Tartu_kinnistusamet, lk 102
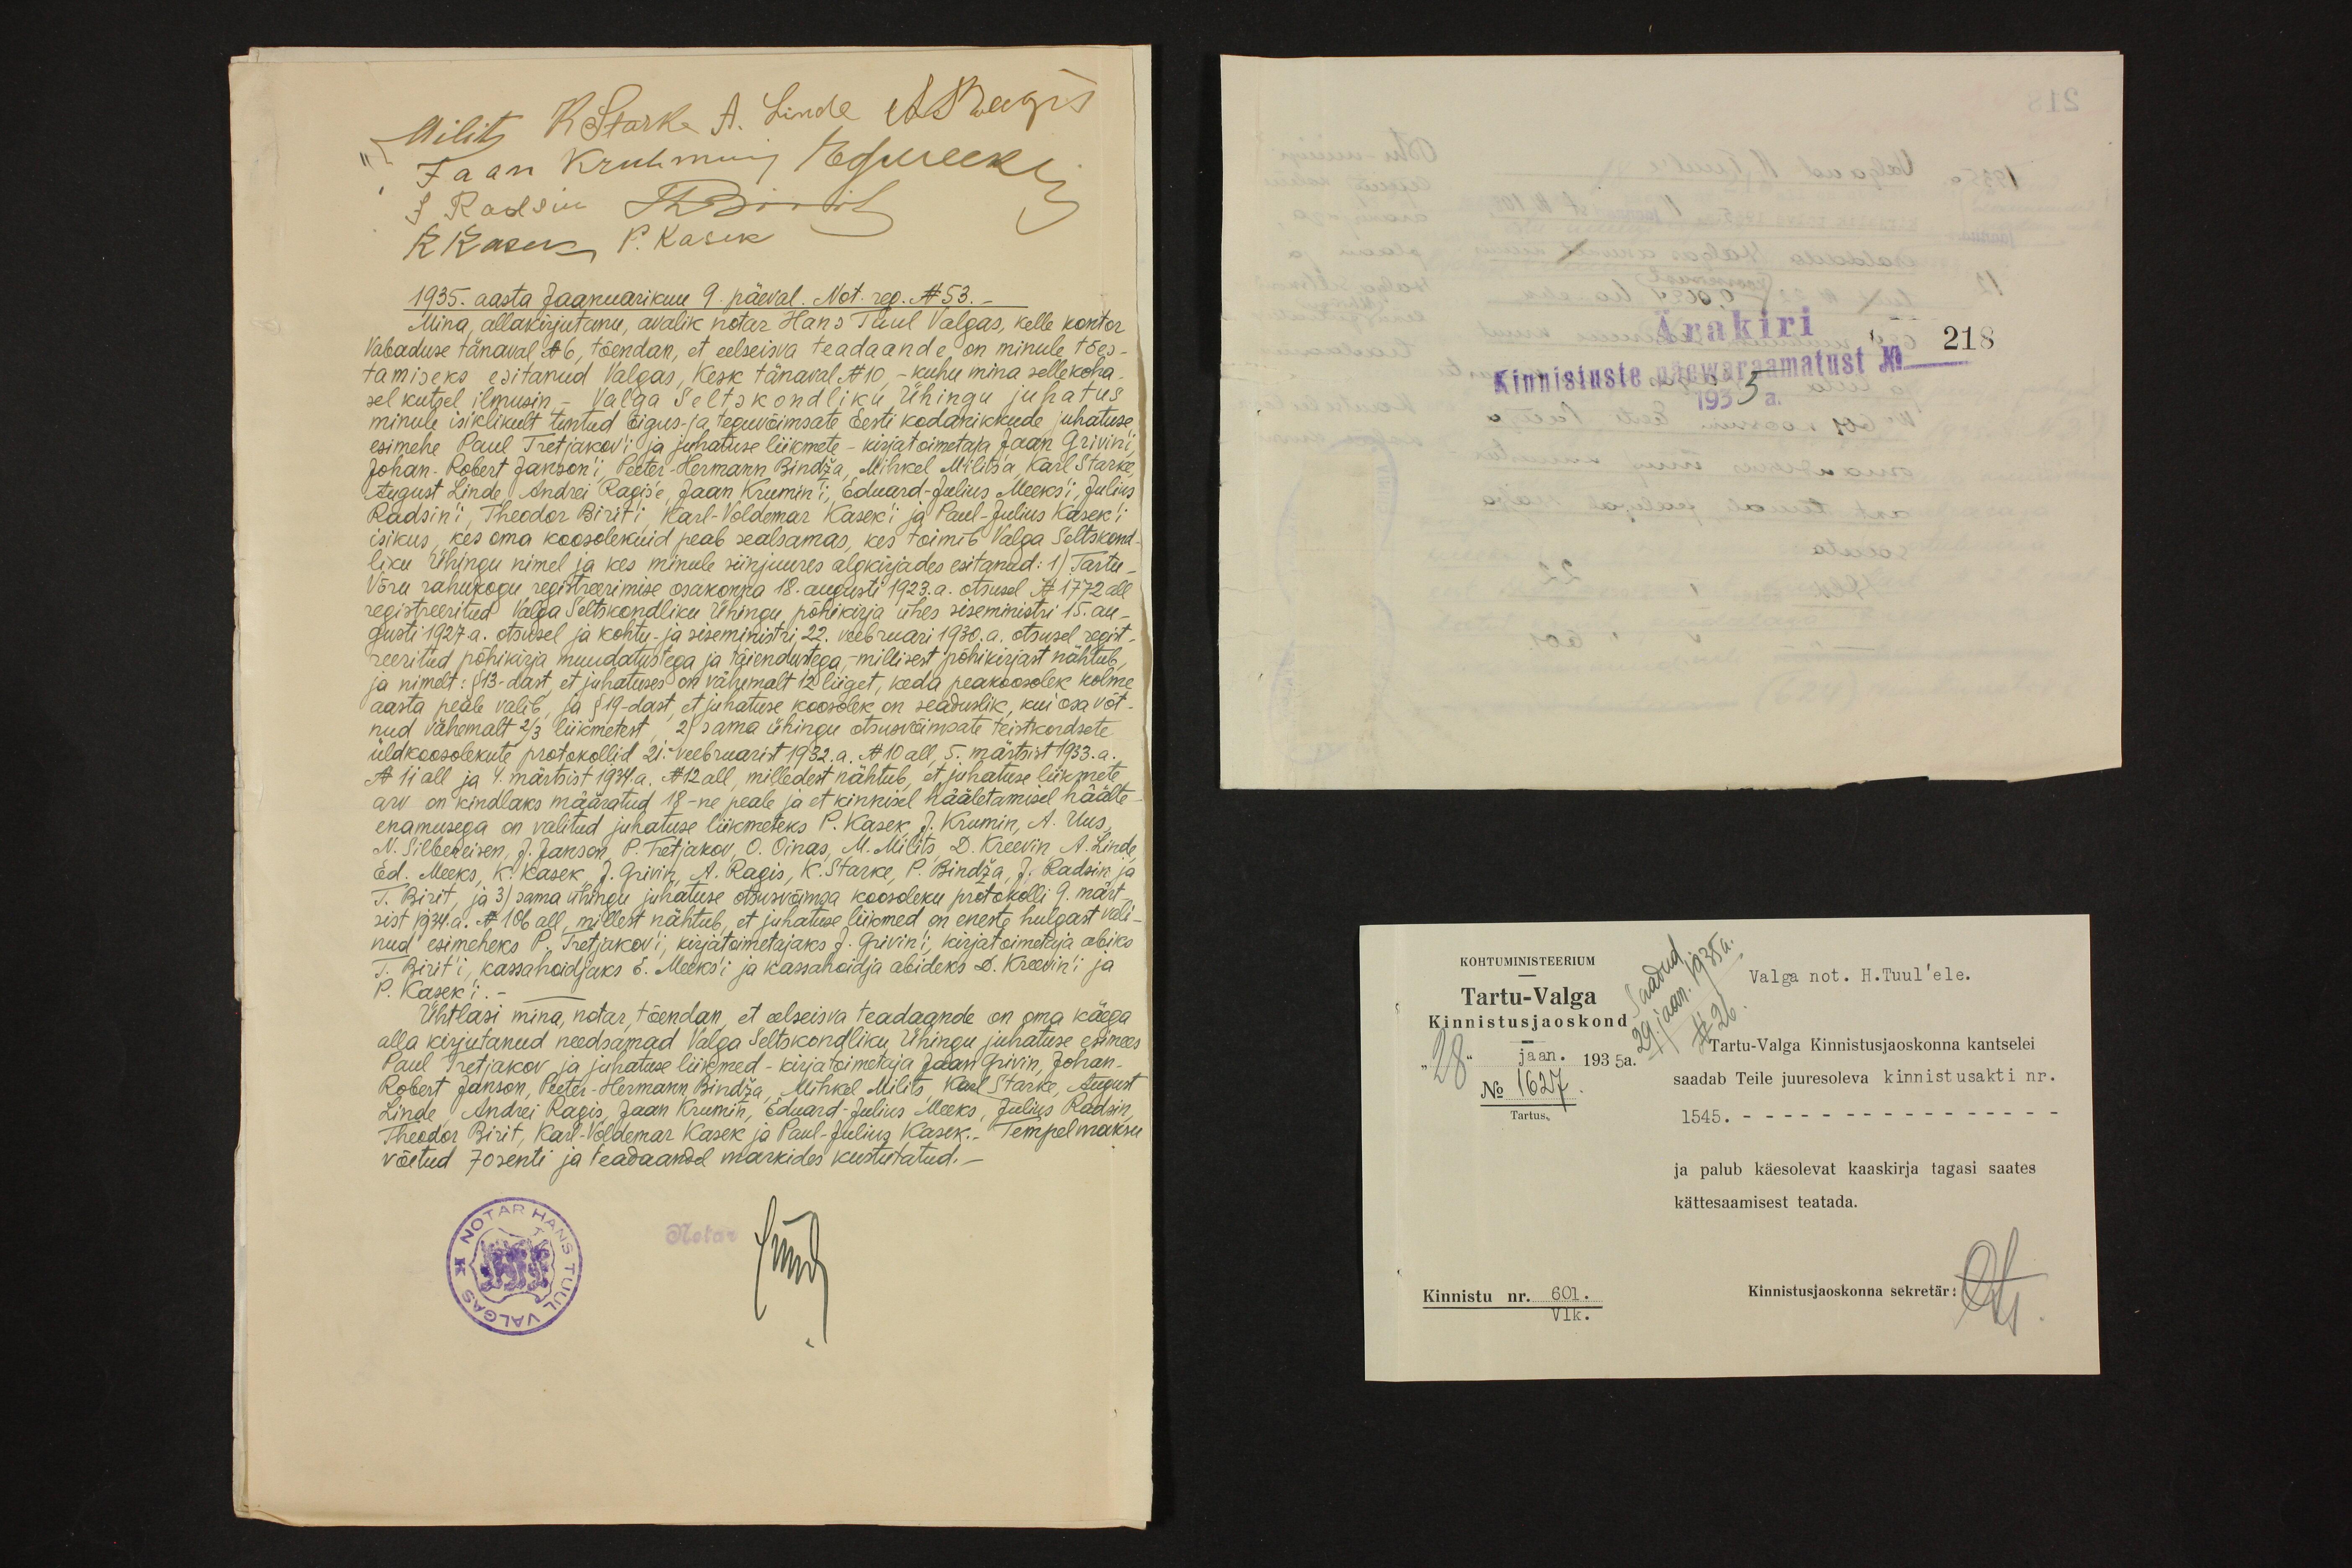
Milits R. Stark, A. Linde A. Bergis
Jaan Kruhmus Espreeki
J. Raatsin Thdontil
R Kaser P. Kasik
1935. aasta Jaanuarikuu 9. päeval. Not. reg. No 53.
Mina, allakirjutanu, avalik notar Hans Tuul Valgas, kelle kontor
Vabaduse tänaval No 6, tõendan, et eelseisva teadaande on minule tões-
tamiseks esitanud Valgas, Kesk tänaval No10 - kuhu mina sellekoha
sel kutsel ilmusin.- Valga Seltskondliku ühingu juhatus
minule isiklikult tuntud õigus- ja teguvõimsate Eesti kodanikkude juhatuse
esimehe Paul Tretjakovi ja juhatuse liikmete - kirjatoimetaja Jaan Grivin'i
Johan -Robert Janson'i, Peeter Hermann Bindža, Mihkel Militsa, Karl Starke
August Linde, Andrei Ragis'e, Jaan Krumin'i, Eduard - Julius Meeks'i, Julius
Radsin'i, Theodor Birit'i Karl-Voldemar Kasek'i ja Paul - Julius Kasek'i
isikus, kes oma koosolekuid peab sealsamas, kes toimib Valga Seltskond-
liku Ühingu nimel ja kes minule siinjuures algkirjades esitanud: 1) Tartu
Võru rahukogu registreerimise osakonna 18. augusti 1923.a. otsusel No 1772. all
registreeritud Valga Seltskondliku Ühingu põhikirja ühes siseministri 15. au-
gusti 1927.a. otsusel ja kohtu- ja siseministri 22. veebruari 1930. a. otsusel regist-
reeritud põhikirja muudatustega ja täiendustega - millisest põhikirjast nähtub
ja nimelt: §13-dast et juhatuses on vähemalt 12 liiget, keda peakoosolek kolme
aasta peale valib, ja §19-dast et juhatuse koosolek on seaduslik kui osa võt-
nud vähemalt 2/3 liikmetest, 2) sama ühingu otsusvõimsate teistkordsete
üldkoosolekute protokollid 21. veebruarist 1932.a. No 10 all, 5. märtsist 1933. a.
No 11 all ja 4. märtsist 1934.a. -No 12 all, milledest nähtub, et juhatuse liikmete
arv on kindlaks määratud 18-ne peale ja et kinnisel hääletamisel näälte
enamusega on valitud juhatuse liikmeteks P. Kasek J. Krumin, A. Uus,
N. Silbereisen, J. Janson P. Tretjakov, O. Oinas, M. Milits, D. Kreevin A. Linde
Ed. Meeks, K. Kasek, J. Grivin, A. Ragis, K. Starke, P. Bindža, T. Radsin ja
T. Birit, ja 3) sama ühingu juhatuse otsusvõimsa koosoleku protokolli 9. märt-
sist 1934. a. No106 all, millest nähtub, et juhatuse liikmed on eneste hulgast vali-
nud esimeheks P. Tretjakov'i, kirjatoimetajaks J.Grivin'i, kirjatoimetaja abiks
T. Birit'i, kassahoidjaks E. Meeks'i ja karsahoidja abideks E. Kreerin'i Ja
P. Kasek;
Ühtlasi mina, notar, tõendan, et eelseisva teadaande on oma käega
alla kirjutanud needsamad Valga Seltskondliku Ühingu juhatuse esimees
Paul Tretjakov ja juhatuse liikmed - kirjatoimetaja Jaan Grivin, Johan
Robert Janson, Peeter Hermann Bindža, Mihkel Milits, Karl Starke, August
Linde, Andrei Ragis, Jaan Krumin, Eduard-Julius Meeks, Julius Raudsin,
Theodor Birit, Karl-Voldemar Kasek ja Paul - Julius Kasek. Tempelmaksu
võetud 70 senti ja teadaandel markides kustutatud.
sünd

Ärakiri

Kinnistuste päwaraamatust No
1935

218

Kohtuministeerium
Valga not. H.Tuul'ele.
Saadud
Tartu-Valga
29. jaan 1935 a.
Kinnistusjaoskond
No 26
Tartu-Valga Kinnistusjaoskonna kantselei
28. jaan. 1935 a.
No 1627
saadab Teile juuresoleva kinnistusakti nr.
Tartus.
1545.
ja palub käesolevat kaaskirja tagasi saates
kättesaamisest teatada
Kinnistu nr. 601.
Vlk.
Kinnistusjaoskonna sekretär-
Ots